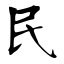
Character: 民